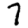
Digit: 7